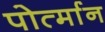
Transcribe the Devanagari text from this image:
पोर्त्मान